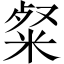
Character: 粲